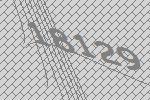
18129